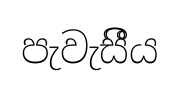
පැවැසීීය